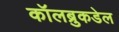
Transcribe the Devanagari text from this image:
कॉलब्रुकडेल